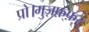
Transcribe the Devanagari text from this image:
प्रो।मुज़फ़्फ़र